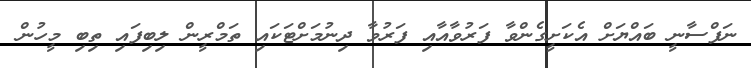
ނަފްސާނީ ބައްޔަށް އެކަށީގެންވާ ފަރުވާއާއި ފަރުވާ ދިނުމަށްޓަކައި ތަމްރީން ލިބިފައި ތިބި މީހުން